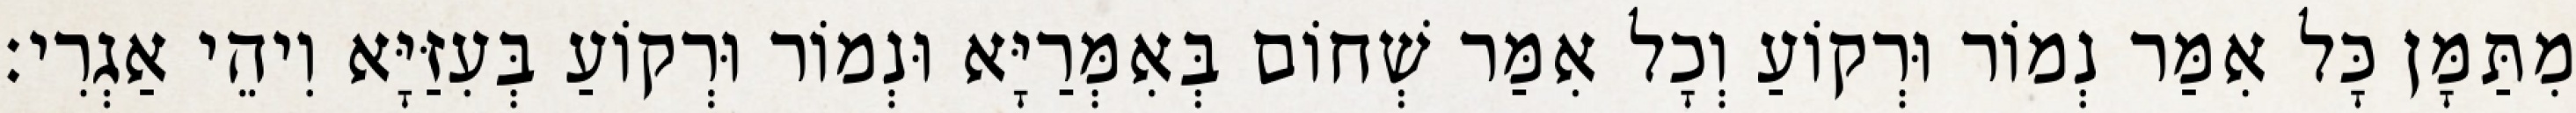
מִתַּמָּן כָּל אִמַּר נְמוֹר וּרְקוֹעַ וְכָל אִמַּר שְׁחוֹם בְּאִמְּרַיָּא וּנְמוֹר וּרְקוֹעַ בְּעִזַּיָּא וִיהֵי אַגְרִי׃